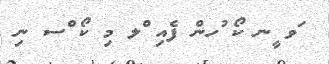
ަވ ީނ ކޯ ުހން ފެއި ްލ މި ކޯ ްސ ނި